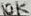
Text: 10K